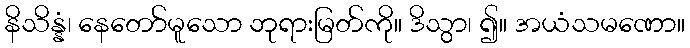
နိသိန္နံ၊ နေတော်မူသော ဘုရားမြတ်ကို။ ဒိသွာ၊ ၍။ အယံသမဏော။